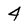
Character: 4